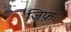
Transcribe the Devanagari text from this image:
जिफ़